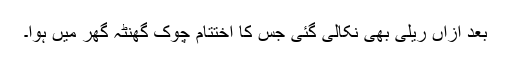
بعد ازاں ریلی بھی نکالی گئی جس کا اختتام چوک گھنٹہ گھر میں ہوا۔